Report on plague in the Punjab from October 1st ... to September 30th ..., being the ... season of plague in the province
Disease focus: Plague
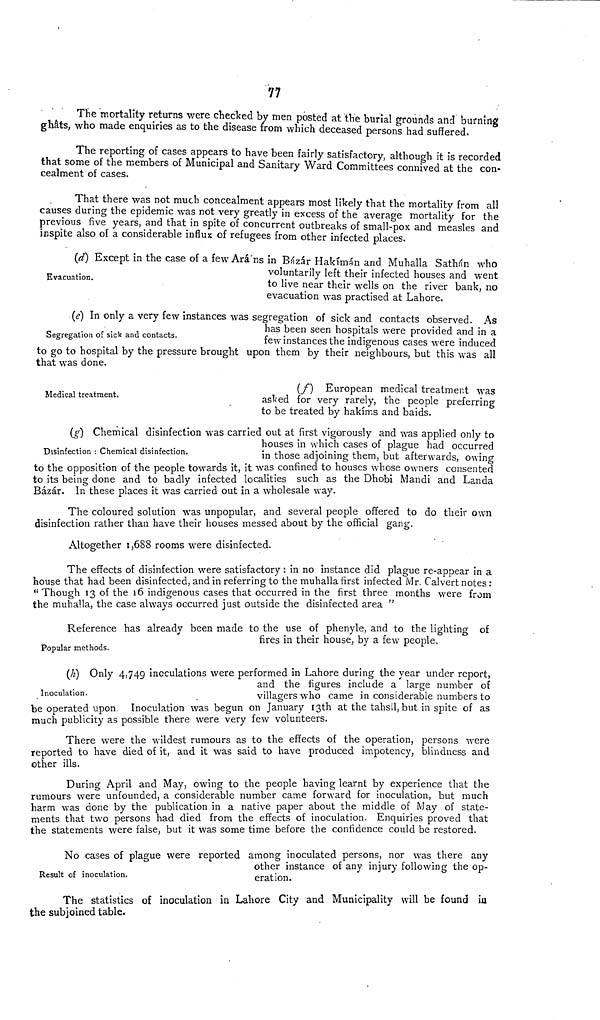
77
The mortality returns were checked by men posted at the burial grounds and burning
gháts, who made enquiries as to the disease from which deceased persons had suffered.
The reporting of cases appears to have been fairly satisfactory, although it is recorded
that some of the members of Municipal and Sanitary Ward Committees connived at the con-
cealment of cases.
That there was not much concealment appears most likely that the mortality from all
causes during the epidemic was not very greatly in excess of the average mortality for the
previous five years, and that in spite of concurrent outbreaks of small-pox and measles and
inspite also of a considerable influx of refugees from other infected places.
Evacuation.
(d) Except in the case of a few Ará'ns in Bázár Hakímán and Muhalla Sathá'n who
voluntarily left their infected houses and went
to live near their wells on the river bank, no
evacuation was practised at Lahore.
Segregation of sick and contacts.
(e) In only a very few instances was segregation of sick and contacts observed. As
has been seen hospitals were provided and in a
few instances the indigenous cases were induced
to go to hospital by the pressure brought upon them by their neighbours, but this was all
that was done.
Medical treatment.
(f)
European medical treatment was
asked for very rarely, the people preferring
to be treated by hakíms and baids.
Disinfection : Chemical disinfection.
(g) Chemical disinfection was carried out at first vigorously and was applied only to
houses in which cases of plague had occurred
in those adjoining them, but afterwards, owing
to the opposition of the people towards it, it was confined to houses whose owners consented
to its being done and to badly infected localities such as the Dhobi Mandi and Landa
Bázár. In these places it was carried out in a wholesale way.
The coloured solution was unpopular, and several people offered to do their own
disinfection rather than have their houses messed about by the official gang.
Altogether 1,688 rooms were disinfected.
The effects of disinfection were satisfactory: in no instance did plague re-appear in a
house that had been disinfected, and in referring to the muhalla first infected Mr. Calvert notes:
" Though 13 of the 16 indigenous cases that occurred in the first three months were from
the muhalla, the case always occurred just outside the disinfected area "
Popular methods.
Reference has already been made to the use of phenyle, and to the lighting of
fires in their house, by a few people.
Inoculation.
(h) Only 4,749 inoculations were performed in Lahore during the year under report,
and the figures include a large number of
villagers who came in considerable numbers to
be operated upon Inoculation was begun on January 13th at the tahsil, but in spite of as
much publicity as possible there were very few volunteers.
There were the wildest rumours as to the effects of the operation, persons were
reported to have died of it, and it was said to have produced impotency, blindness and
other ills.
During April and May, owing to the people having learnt by experience that the
rumours were unfounded, a considerable number came forward for inoculation, but much
harm was done by the publication in a native paper about the middle of May of state-
ments that two persons had died from the effects of inoculation. Enquiries proved that
the statements were false, but it was some time before the confidence could be restored.
Result of inoculation.
No cases of plague were reported among inoculated persons, nor was there any
other instance of any injury following the op-
eration.
The statistics of inoculation in Lahore City and Municipality will be found in
the subjoined table.